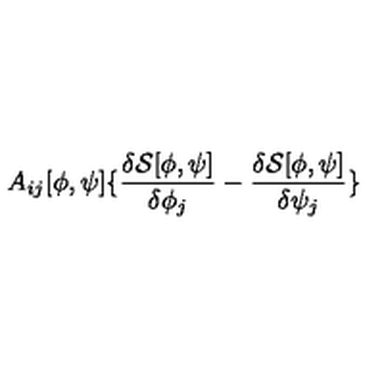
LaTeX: A _ { i j } [ \phi , \psi ] \{ \frac { \delta { \mathcal { S } } [ \phi , \psi ] } { \delta \phi _ { j } } - \frac { \delta { \mathcal { S } } [ \phi , \psi ] } { \delta \psi _ { j } } \}